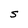
Character: S